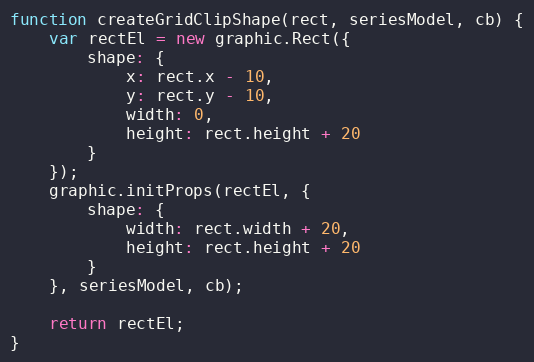
Language: JavaScript
function createGridClipShape(rect, seriesModel, cb) {
    var rectEl = new graphic.Rect({
        shape: {
            x: rect.x - 10,
            y: rect.y - 10,
            width: 0,
            height: rect.height + 20
        }
    });
    graphic.initProps(rectEl, {
        shape: {
            width: rect.width + 20,
            height: rect.height + 20
        }
    }, seriesModel, cb);

    return rectEl;
}